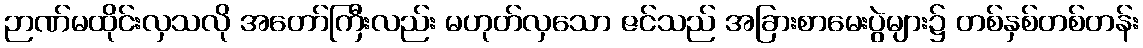
ဉာဏ်မထိုင်းလှသလို အတော်ကြီးလည်း မဟုတ်လှသော ဇင်သည် အခြားစာမေးပွဲများ၌ တစ်နှစ်တစ်တန်း